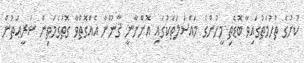
ކުށުގެ ތުހުމަތުގައިވާ ބޮޑެތި މީހުންގެ މައްސަލަތަކުގައި އޮންނާނީ ޤާނޫނާ އެއްގޮތްވާ ގޮތުގެމަތިން ޝަރީޢަތުން